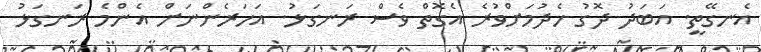
އެނގޭތީ. އަބަދު ދޮގު ހެދުމަށްވުރެ އެގޮތް ވެސް ރަނގަޅު. އަހަރެންނަށް އެންމެ ރަނގަޅު